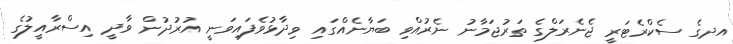
އދގެ ސެކްރެޓަރީ ޖެނެރަލްގެ ތަރުޖަމާނު ނެރުއްވި ބަޔާނެއްގައި ވިދާޅުވެފައިވަނީ އުރުދުން ވާދީ އިސްރާއީލުގެ